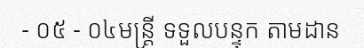
- ០៥ - ០៤មន្ត្រី ទទួលបន្ទុក តាមដាន